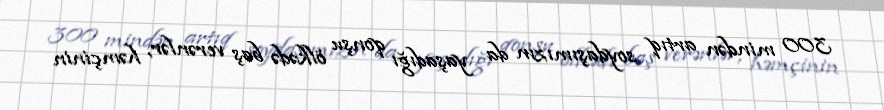
300 mindən artıq soydaşımızın da yaşadığı qonşu ölkədə baş verənlər, həmçinin